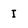
Character: I